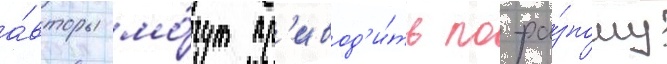
а́вторы мо́гут пр'ивод'и́ть по-ра́зному